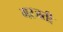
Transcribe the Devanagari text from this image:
गरजती